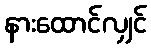
နားထောင်လျှင်